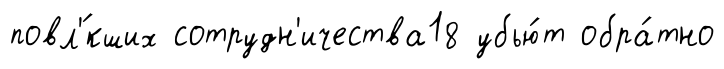
повл'́кших сотрудн'ичества18 убью́т обра́тно